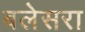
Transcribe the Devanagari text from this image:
बलेसरा